Report of the Municipal Commissioner on the plague in Bombay for the year ending 31st May... - Volume 3
Disease focus: Plague
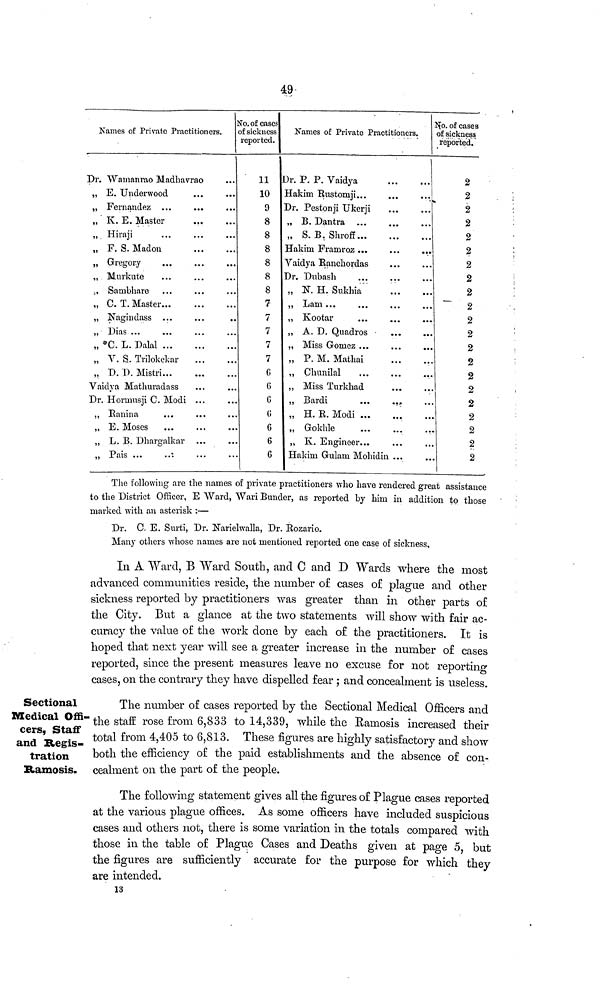
49
Names of Private Practitioners. c
Dr. "VVamanrao Madbavrao
„ E. Underwood
„ Fernandez ...
„ K. E. Master
„ Hiraji
„ F. S. Madon
„ Gregory
„ Murkute
,, Sambhare
,, KJ. X. iviastei• • •
•••
•••
„ Nagindass
„ »0. L. Dalai
„ V. S. Trilokekar
„ D. T>. Mistri
Vaidya Mathuradass
Dr. Homiusji C. Modi ...
,, Eanina
„ E. Moses
„ L. B. Dhargalkar ...
„ Pais
*.
To. of cases
)f sickness
reported.
11
10
9
8
8
8
8
8
8
7
7
7
7
7
6
6
G
(!
6
6
6
Names of Private Practitioners.
r. P. P. Vaidya
lakim Bustornji...
)r. Pestonji Ukerji
„ B. Dantra
„ S. B, Shroff
Hakim Framroz ...
Vaidya Bancbordas
Dr. Dubasli
„ K H. Sukhia
„ Kootar
„ A. D. Quadros
„ Miss Gomez ...
„ P. M. Mathai
,, Chunilal
,, Miss Turkhad
„ Bardi
...
.,,
„ H. B. Modi
„ Gokhle
„ K. Engineer...
Hakim Gulam Mobidin ...
t^o. of cases
of sickness
reported.
2
2
2
2
2
2
2
2
2
2
2
2
2
2
2
2
2
2
2
2
2
The following are the names of private practitioners who have rendered great assistance
to the District Officer, E AVard, Wari Bunder, as reported by him in addition to those
marked with an asterisk :—
Dr. C E. Surti, Dr. Narielwalla, Dr. Eozario.
Many others whose names are not mentioned reported one case of sickness.
In A Ward, B Ward South, and C and D Wards where the most
advanced communities reside, the number o£ cases o£ plague and other
sickness reported by practitioners was greater than in other parts o£
the City. But a glance at the two statements will show with fair ac-
curacy the value o£ the work done by each of the practitioners. It is
hoped that next year will see a greater increase in the number o£ cases
reported, since the present measures leave no excuse for not reporting
cases, on the contrary they have dispelled fear ; and concealment is useless.
Sectional
Medical Offi-
cers, Staff
and Regis-
tration
Ramosis.
The number of cases reported by the Sectional Medical Officers and
the staff rose from 6,833 to 14,339, while the Ramosis increased their
total from 4,405 to 6,813. These figures are highly satisfactory and show
both the efficiency of the paid establishments and the absence of con-
cealment on the part of the people.
The following statement gives all the figures of Plague cases reported
at the various plague offices. As some officers have included suspicious
cases and others not, there is some variation in the totals compared with
those in the table of Plague Cases and Deaths given at page 5, but
the figures are sufficiently accurate for the purpose for which they
are intended.
13